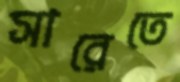
সারেতে